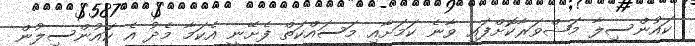
ކައުންސިލާ މަޝްވަރާކޮށްފައި ވާނެ ކަމަށާއި މަސައްކަތް ފެށޭނީ އެކަމާ މެދު އެ ކައުންސިލުން